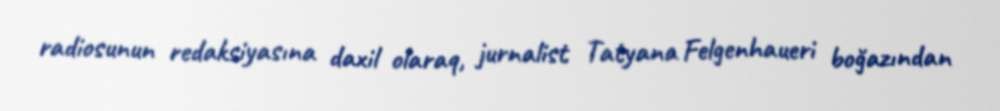
radiosunun redaksiyasına daxil olaraq, jurnalist Tatyana Felgenhaueri boğazından